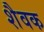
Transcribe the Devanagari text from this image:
शैवक